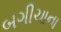
બગીચાના